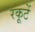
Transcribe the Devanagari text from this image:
रकूटें